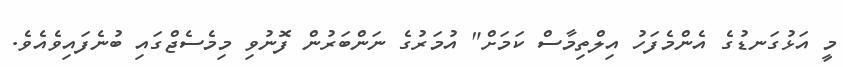
މީ އަޅުގަނޑުގެ އެންމެފަހު އިލްތިމާސް ކަމަށް" އުމަރުގެ ނަންބަރުން ފޮނުވި މިމެސެޖްގައި ބުނެފައިވެއެވެ.